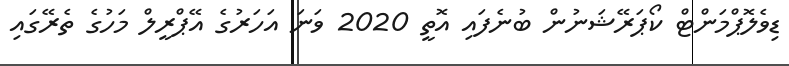
ޑިވެލޮޕްމަންޓް ކޯޕަރޭޝަނުން ބުނެފައި އޮތީ 2020 ވަނަ އަހަރުގެ އޭޕްރީލް މަހުގެ ތެރޭގައި